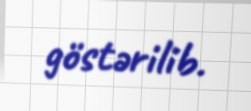
göstərilib.